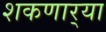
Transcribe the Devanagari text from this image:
शकणार्‍या